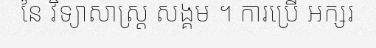
នៃ វិទ្យាសាស្ត្រ សង្គម ។ ការប្រើ អក្សរ